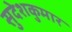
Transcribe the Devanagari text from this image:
सुदेशकुमार